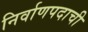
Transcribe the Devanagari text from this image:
निर्वाणपदाची